Report of the Indian Hemp Drugs Commission, 1894-1895 - Volume VII
Year: 1894
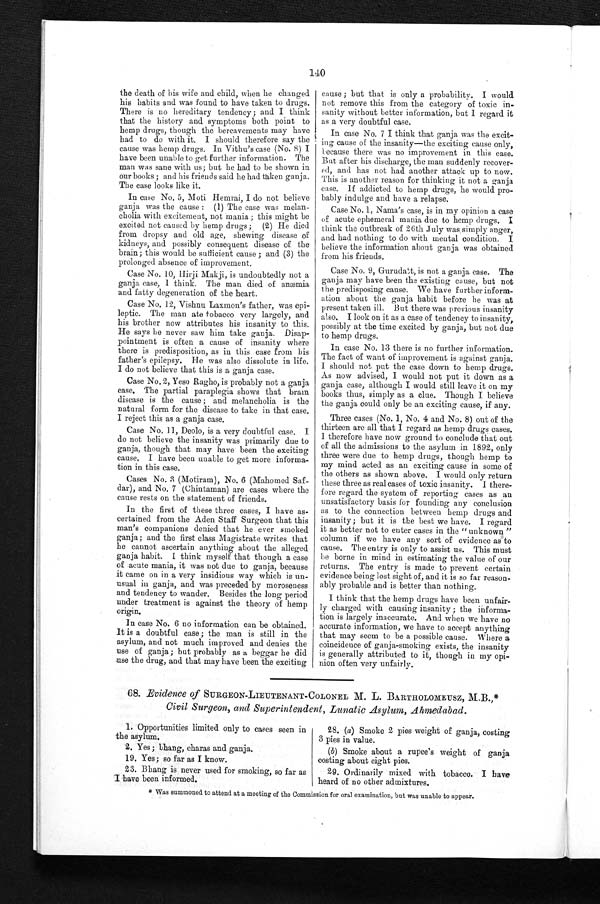
140
the death of his wife and child, when he changed
his habits and was found to have taken to drugs.
There is no hereditary tendency; and I think
that the history and symptoms both point to
hemp drugs, though the bereavements may have
had to do with it. I should therefore say the
cause was hemp drugs. In Vithu's case (No. 8) I
have been unable to get further information. The
man was sane with us; but he had to be shown in
our books; and his friends said he had taken ganja.
The case looks like it.
In case No. 5, Moti Hemrai, I do not believe
ganja was the cause: (1) The case was melan
-
cholia with excitement, not mania; this might be
excited not caused by hemp drugs; (2) He died
from dropsy and old age, sheawing disease of
kidneys, and possibly consequent disease of the
brain; this would be sufficient cause; and (3) the
prolonged absence of improvement.
Case No. 10, Hirji Makji, is undoubtedly not a
ganja case, I think. The man died of anæmia
and fatty degeneration of the heart.
Case No. 12, Vishnu Laxmon's father, was epi
-
leptic. The man ate tobacco very largely, and
his brother now attributes his insanity to this.
He says he never saw him take ganja, Disap
-
pointment is often a cause of insanity where
there is predisposition, as in this case from his
father's epilepsy. He was also dissolute in life.
I do not believe that this is a ganja case.
Case No. 2, Yeso Ragho, is probably not a ganja
case. The partial paraplegia shows that brain
disease is the cause; and melancholia is the
natural form for the disease to take in that case.
I reject this as a ganja case.
Case No. 11, Deolo, is a very doubtful case. I
do not believe the insanity was primarily due to
ganja, though that may have been the exciting
cause. I have been unable to get more informa
-
tion in this case.
Cases No. 3 (Motiram), No. 6 (Mahomed Saf
-
dar), and No. 7 (Chiutaman) are cases where the
cause rests on the statement of friends.
In the first of these three cases, I have as
-
certained from the Aden Staff Surgeon that this
man's companions denied that he ever smoked
ganja; and the first class Magistrate writes that
he cannot ascertain anything about the alleged
ganja habit. I think myself that though a case
of acute mania, it was not due to ganja, because
it came on in a very insidious way which is un
-
usual in ganja, and was preceded by moroseness
and tendency to wander. Besides the long period
under treatment is against the theory of hemp
origin.
In case No. 6 no information can be obtained.
It is a doubtful case; the man is still in the
asylum, and not much improved and denies the
use of ganja; but probably as a beggar he did
use the drug, and that may have been the exciting
cause; but that is only a probability. I would
not remove this from the category of toxic in
-
sanity without better information, but I regard it
as a very doubtful case.
In case No. 7 I think that ganja was the excit
-
ing cause of the insanity—the exciting cause only,
because there was no improvement in this case.
But after his discharge, the man suddenly recover-
- e d , a n d h a s n o t h a d a n o t h e r a t t a c k u p t o n o w .
This is another reason for thinking it not a ganja
case. If addicted to hemp drugs, he would pro
-
bably indulge and have a relapse.
Case No. 1, Nama's case, is in my opinion a case
of acute ephemeral mania due to hemp drugs. I
think the outbreak of 26th July was simply anger,
and had nothing to do with mental condition. I
believe the information about ganja was obtained
from his friends.
Case No. 9, Gurudatt, is not a ganja case. The
ganja may have been the existing cause, but not
the predisposing cause. We have further inform-
ation about the ganja habit before he was at
present taken ill. But there was previous insanity
also. I look on it as a case of tendency to insanity,
possibly at the time excited by ganja, but not due
to hemp drugs.
In case No. 13 there is no further information.
The fact of want of improvement is against ganja.
I should not put the case down to hemp drugs.
As now advised, I would not put it down as a
ganja case, although I would still leave it on my
books thus, simply as a clue. Though I believe
the ganja could only be an exciting cause, if any.
Three cases (No. 1, No. 4 and No. 8) out of the
thirteen are all that I regard as hemp drugs cases.
I therefore have now ground to conclude that out
of all the admissions to the asylum in 1892, only
three were due to hemp drugs, though hemp to
my mind acted as an exciting cause in some of
the others as shown above. I would only return
these three as real cases of toxic insanity. I there
-
fore regard the system of reporting cases as an
unsatisfactory basis for founding any conclusion
as to the connection between hemp drugs and
insanity; but it is the best we have. I regard
it as better not to enter cases in the "unknown"
column if we have any sort of evidence as to
cause. The entry is only to assist us. This must
be borne in mind in estimating the value of our
returns. The entry is made to prevent certain
evidence being lost sight of, and it is so far reason
-
ably probable and is better than nothing.
I think that the hemp drugs have been unfair-
ly charged with causing insanity; the informa
-
tion is largely inaccurate. And when we have no
accurate information, we have to accept anything
that may seem to be a possible cause. Where a
coincidence of ganja-smoking exists, the insanity
is generally attributed to it, though in my opi
-
nion often very unfairly.
68. Evidence of SURGEON-LIEUTENANT-COLONEL M. L. BARTHOLOMEUSZ, M.B.,*
Civil Surgeon, and Superintendent, Lunatic Asylum, Ahmedabad.
1. Opportunities limited only to cases seen in
the asylum.
2. Yes; bhang, charas and ganja.
19. Yes; so far as I know.
23. Bhang is never used for smoking, so far as
I have been informed.
28. (a) Smoke 2 pies weight of ganja, costing
3 pies in value.
(b) Smoke about a rupee's weight of ganja
costing about eight pies.
29. Ordinarily mixed with tobacco. I have
heard of no other admixtures.
* Was summoned to attend at a meeting of the Commission for oral examination, but was unable to appear.